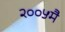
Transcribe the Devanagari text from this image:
२००५मै